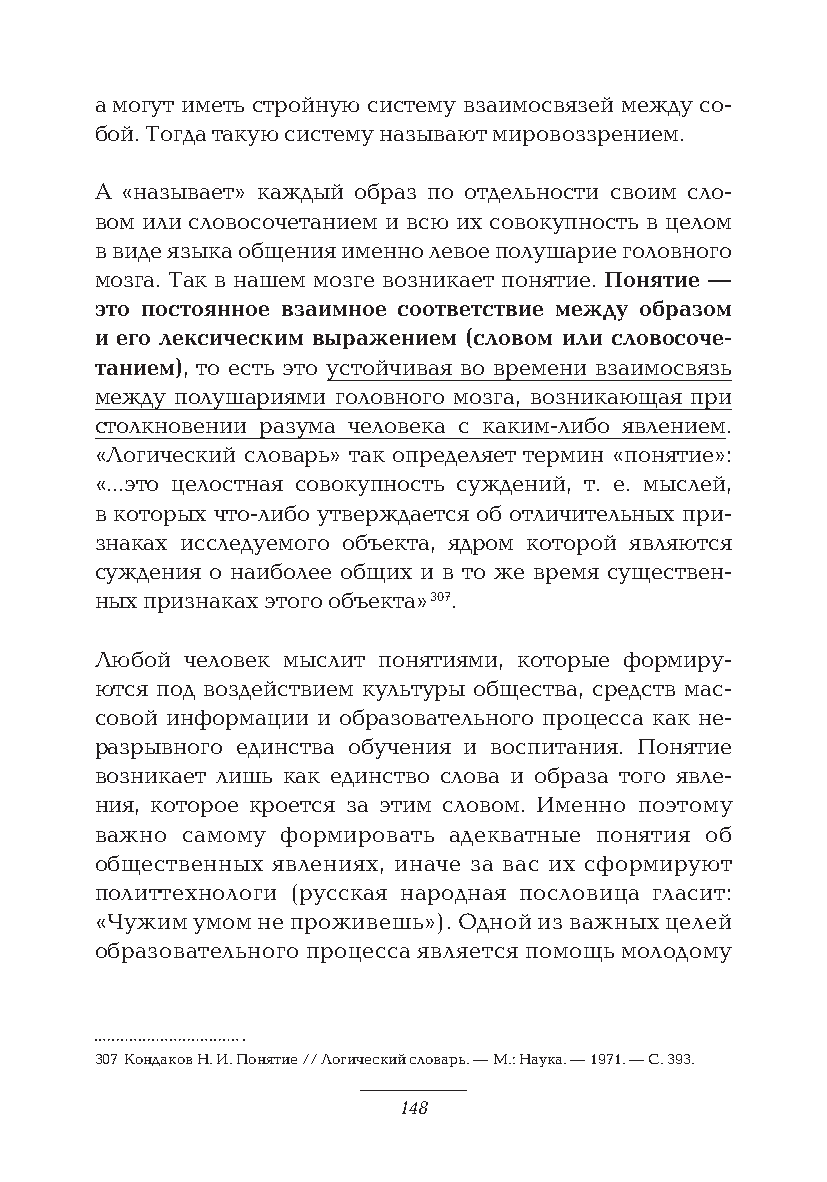
а могут иметь стройную систему взаимосвязей между со-
 бой. Тогда такую систему называют мировоззрением.
 А «называет» каждый образ по отдельности своим сло-
 вом или словосочетанием и всю их совокупность в целом
 в виде языка общения именно левое полушарие головного
 мозга. Так в нашем мозге возникает понятие. Понятие —
 это постоянное взаимное соответствие между образом
 и его лексическим выражением (словом или словосоче-
 танием), то есть это устойчивая во времени взаимосвязь
 между полушариями головного мозга, возникающая при
 столкновении разума человека с каким-либо явлением.
 «Логический словарь» так определяет термин «понятие»:
 «…это целостная совокупность суждений, т. е. мыслей,
 в которых что-либо утверждается об отличительных при-
 знаках исследуемого объекта, ядром которой являются
 суждения о наиболее общих и в то же время существен-
 ных признаках этого объекта» 307.
 Любой человек мыслит понятиями, которые формиру-
 ются под воздействием культуры общества, средств мас-
 совой информации и образовательного процесса как не-
 разрывного единства обучения и воспитания. Понятие
 возникает лишь как единство слова и образа того явле-
 ния, которое кроется за этим словом. Именно поэтому
 важно самому формировать адекватные понятия об
 общественных явлениях, иначе за вас их сформируют
 политтехнологи (русская народная пословица гласит:
 «Чужим умом не проживешь»). Одной из важных целей
 образовательного процесса является помощь молодому
 307 Кондаков Н. И. Понятие // Логический словарь. — М.: Наука. — 1971. — С. 393.
 148